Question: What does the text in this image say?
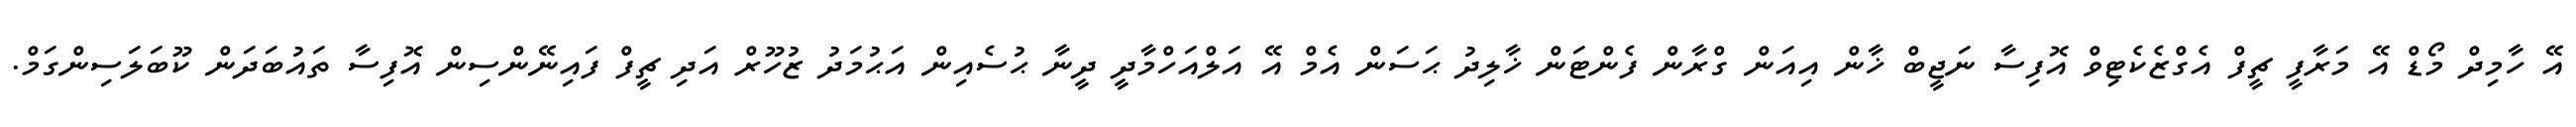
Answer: އޭ ހާމިދް މޯޑް އޭ މަރާފީ ޗީފް އެގްޒެކެޓިވް އޮފިސާ ނަޖީބް ޚާން އިއަން ގްރާން ފެންޓަން ޚާލިދު ޙަސަން އެމް އޭ އަލްއަހްމާދީ ދީނާ ޙުސެއިން އަޙުމަދު ޒުހޫރް އަދި ޗީފް ފައިނޭންސިން އޮފިސާ ތައުބަދަން ކޫބަލަސިންގަމް.